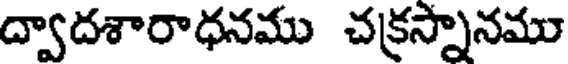
ద్వాదశారాధనము చక్రస్నానము